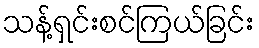
သန့်ရှင်းစင်ကြယ်ခြင်း